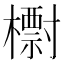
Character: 㯹